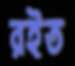
রইত